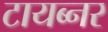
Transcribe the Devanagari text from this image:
टायब्नर